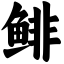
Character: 鲱